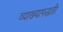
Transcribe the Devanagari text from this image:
व्याख्यापद्धती